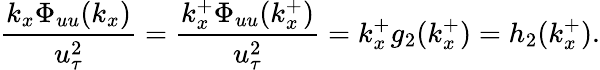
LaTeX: \frac{k_{x}\Phi_{uu}(k_{x})}{u_{\tau}^{2}}=\frac{k_{x}^{+}\Phi_{uu}(k_{x}^{+})}{u_{\tau}^{2}}=k_{x}^{+}g_{2}(k_{x}^{+})=h_{2}(k_{x}^{+}).